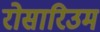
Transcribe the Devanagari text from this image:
रोसारिउम